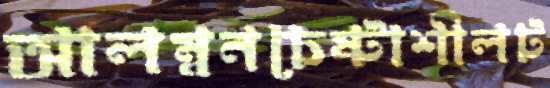
আলম্বনচেষ্টাশীলট